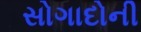
સોગાદોની